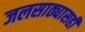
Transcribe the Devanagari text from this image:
जलसाठ्यासही